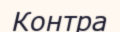
Контра